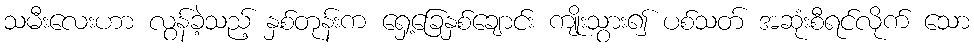
သမီးလေးဟာ လွန်ခဲ့သည့် နှစ်တုန်းက ရှေ့ခြေနှစ်ချောင်း ကျိုးသွား၍ ပစ်သတ် အဆုံးစီရင်လိုက် သော